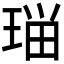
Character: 𭹗